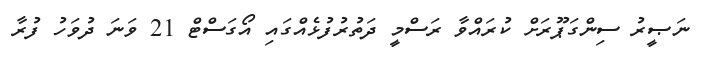
ނަޞީރު ސިންގަޕޫރަށް ކުރައްވާ ރަސްމީ ދަތުރުފުޅެއްގައި އޯގަސްޓް 21 ވަނަ ދުވަހު ފުރާ